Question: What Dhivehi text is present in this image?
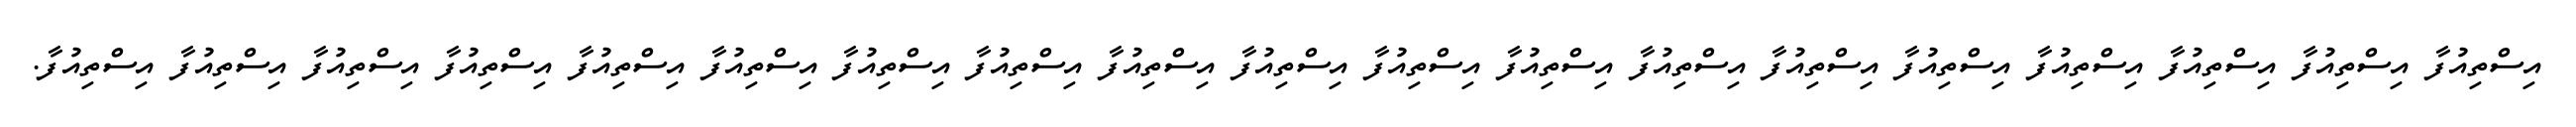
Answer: އިސްތިއުފާ އިސްތިއުފާ އިސްތިއުފާ އިސްތިއުފާ އިސްތިއުފާ އިސްތިއުފާ އިސްތިއުފާ އިސްތިއުފާ އިސްތިއުފާ އިސްތިއުފާ އިސްތިއުފާ އިސްތިއުފާ އިސްތިއުފާ އިސްތިއުފާ އިސްތިއުފާ އިސްތިއުފާ އިސްތިއުފާ އިސްތިއުފާ އިސްތިއުފާ.